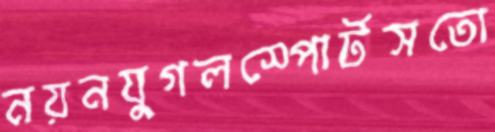
নয়নযুগলস্পোর্টসতো